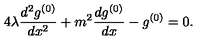
4 \lambda \frac { d ^ { 2 } g ^ { ( 0 ) } } { d x ^ { 2 } } + m ^ { 2 } \frac { d g ^ { ( 0 ) } } { d x } - g ^ { ( 0 ) } = 0 .